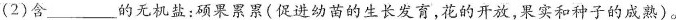
(2)含___的无机盐：硕果累累(促进幼苗的生长发育，花的开放，果实和种子的成熟)。